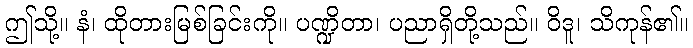
ဤသို့။ နံ၊ ထိုတားမြစ်ခြင်းကို။ ပဏ္ဍိတာ၊ ပညာရှိတို့သည်။ ဝိဒူ၊ သိကုန်၏။